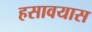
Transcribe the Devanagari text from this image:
हसावयास